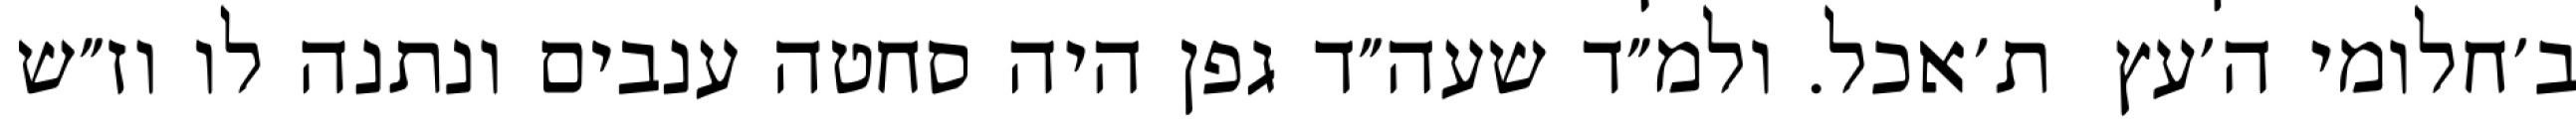
ב׳חלומי ה׳עץ  ת׳אכל. ולמ״ד שעה״ד גפן היה סחטה ענבים ונתנה לו וז״ש